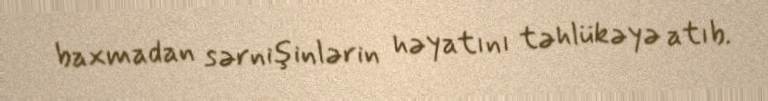
baxmadan sərnişinlərin həyatını təhlükəyə atıb.